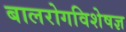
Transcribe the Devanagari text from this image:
बालरोगविशेषज्ञ